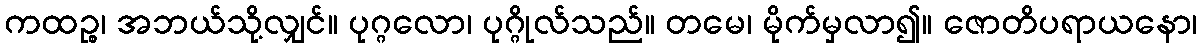
ကထဉ္စ၊ အဘယ်သို့လျှင်။ ပုဂ္ဂလော၊ ပုဂ္ဂိုလ်သည်။ တမေ၊ မိုက်မှလာ၍။ ဇောတိပရာယနော၊